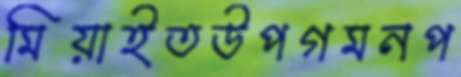
মিয়াইতউপগমনপ